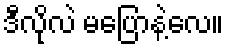
ဒီလိုလဲ မပြောနဲ့လေ။